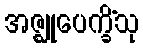
အဇ္ဈုပေက္ခိံသု